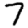
Digit: 7